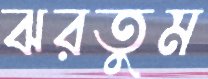
ঝরতুম